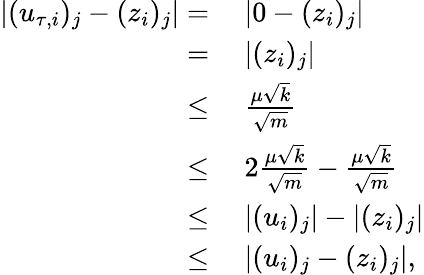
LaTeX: \begin{array}{rl}{|(u_{\tau,i})_{j}-(z_{i})_{j}|=}&{~|0-(z_{i})_{j}|}\\ {=}&{~|(z_{i})_{j}|}\\ {\leq}&{~\frac{\mu\sqrt{k}}{\sqrt{m}}}\\ {\leq}&{~2\frac{\mu\sqrt{k}}{\sqrt{m}}-\frac{\mu\sqrt{k}}{\sqrt{m}}}\\ {\leq}&{~|(u_{i})_{j}|-|(z_{i})_{j}|}\\ {\leq}&{~|(u_{i})_{j}-(z_{i})_{j}|,}\end{array}